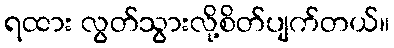
ရထား လွတ်သွားလို့စိတ်ပျက်တယ်။